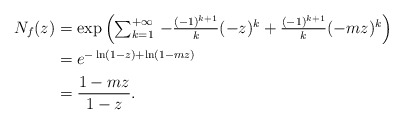
\begin{align*} N_f(z)&=\exp\left(\textstyle\sum_{k=1}^{+\infty} \, -\frac{(-1)^{k+1}}{k}(-z)^k + \frac{(-1)^{k+1}}{k}(-mz)^k\right) \\ &= e^{-\ln(1-z) + \ln(1-mz)} \\ &= \dfrac{1-mz}{1-z}. \end{align*}